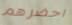
احضرهم